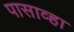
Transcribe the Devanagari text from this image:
पासाव्हा